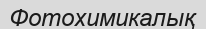
Фотохимикалық